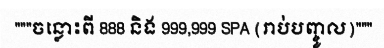
"""ចន្លោះពី 888 និង 999,999 SPA (រាប់បញ្ចូល)"""